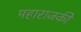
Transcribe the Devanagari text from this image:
महाराजकी